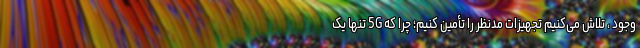
وجود ، تلاش می‌کنیم تجهیزات مدنظر را تأمین کنیم؛ چرا که 5G تنها یک